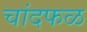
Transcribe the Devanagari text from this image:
चांदफळ